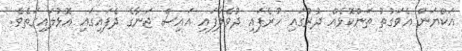
އަކްޔަން އެވަގުތު ތަންކޮޅެއް ދުރުގައި ހުރެފައި ދުވެލާފައި އައިސް ޖަނާގެ ދެފައިގައި އޮޅުލައިގަތެވެ.